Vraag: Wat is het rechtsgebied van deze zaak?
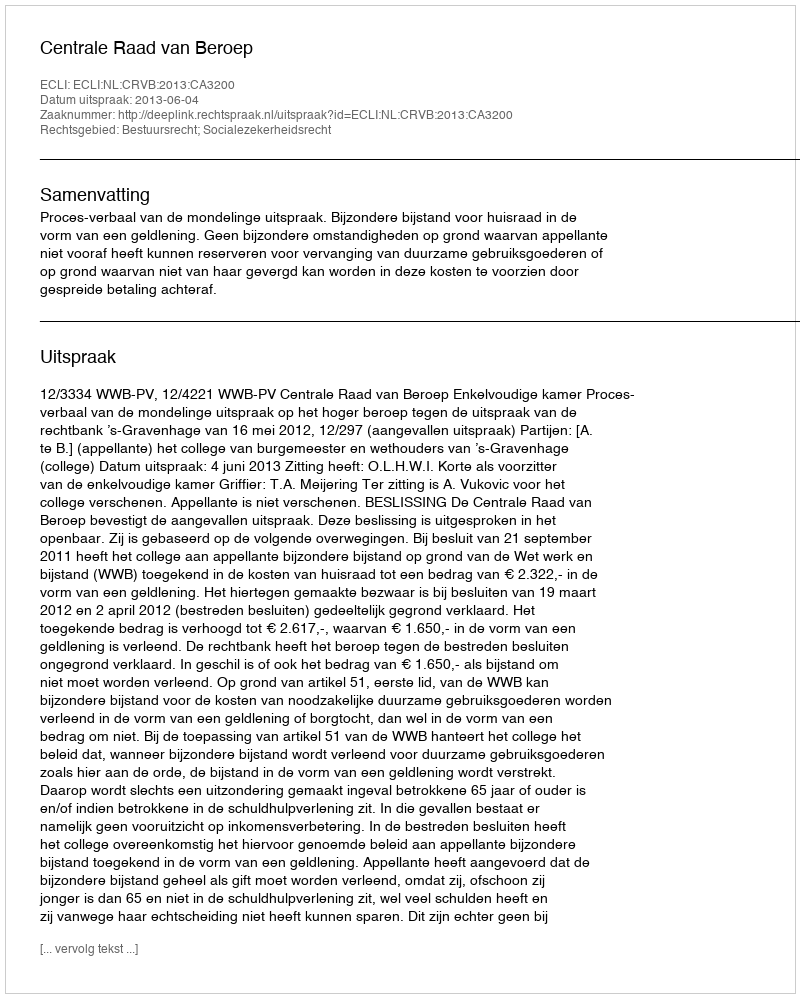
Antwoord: Bestuursrecht; Socialezekerheidsrecht